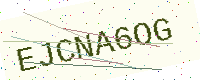
Text: EJCNA6OG